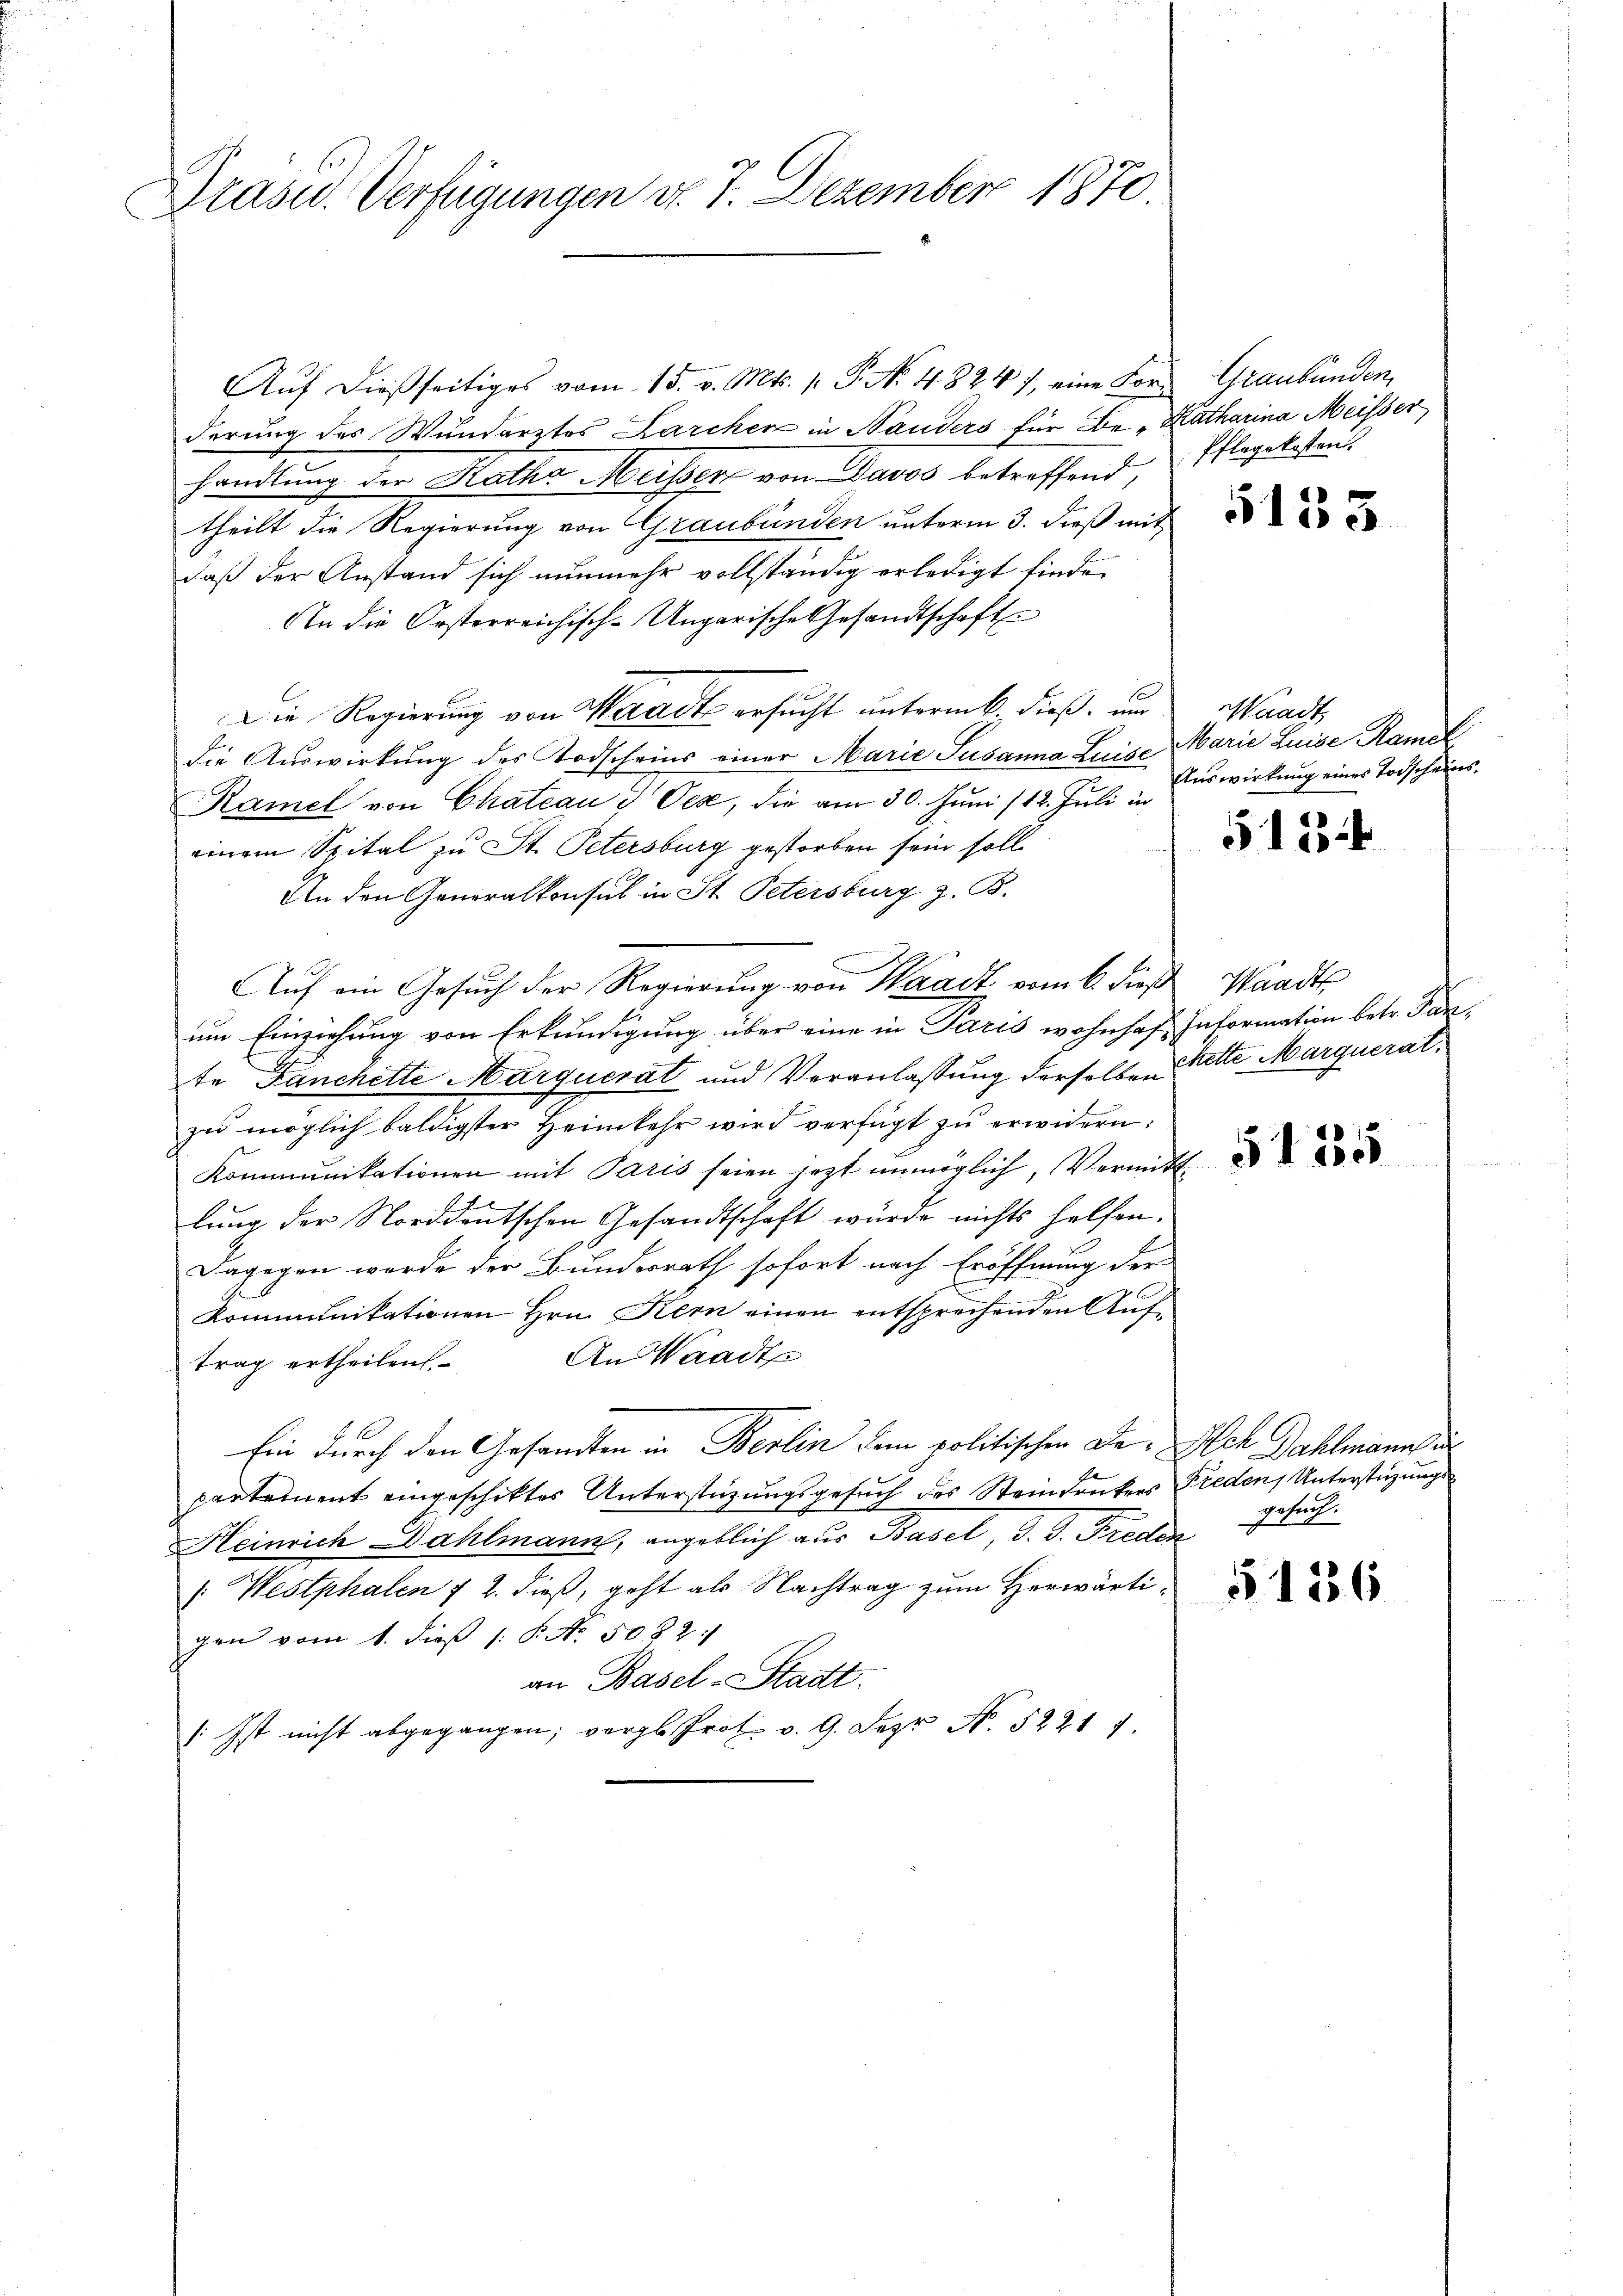
Grasw. Verfügungen d. 7. Dezember 1870.

Auf dießseitiges vom 15. v. Mts. 1. P. N. 48247, eine Vor- Graubünden,
derung des Wundarztes Karcher in Bauders für Be- Katharina Meisser
handlung der Rathe Meister von Davos betreffend, Elegalisaus
theilt die Regierung von Graubünden unterm 3. dieß mit
daß der Anstand sich nunmehr vollständig erledigt finde.
An die Kosterreichisch-Ungarische Gesandtschaft
Die Regierung von Waadt ersucht untermk. dieß, um
die Auswirkung des Todscheins einer Marie Susanna Luise Marie Luise Ramel
Ramel von Chateau in Oese, die am 30. Juni /12. Juli in
einem Spital zu St. Petersburg gestorben sein soll.
An den Generalkonsul in St. Petersburg z. B.
Auf ein Gesuch der Regierung von Waadt vom 6. dieß Waadt
um Einziehung von Erkundigung über eine in Paris wohnhaft Information betr. Parte Fanchette Marquerat und Veranlassung derselben Stette Marqueratzu möglich baldigster Heimkehr wird verfügt zu erwidern:
Kommunikationen mit Paris seien jetzt unmöglich, Vermitt
t
lung der Norddeutschen Gesandtschaft würde nichts helfen.
Dagegen werde der Bundesrath sofort nach Eröffnung der
Kommunikationen Hrn. Kern einen entsprechenden Auf¬
An Waadt
trag ertheilen.
Ein durch den Gesandten in Berlin dem politischen Da- Ach Dahlmanns
uch das Steindruckers Freden, Unterstüzungs
partement eingeschiktes Unterstützungsge¬
Heinrich Dahlmann, angeblich aus Basel, d. J. Freden
 Westphalen 7 2. dieß, geht als Nachtrag zum Herwärtigen vom 1. dieß 1: P. No. 5082.
an Basel-Stadt.
: Ist nicht abgegangen; vergl. Prot. v. 9. Der N. 5221 f

5133

Waadt,
Auswirkung eines Todscheins.

51834

§135

gesuch.

5136